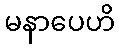
မနာပေဟိ